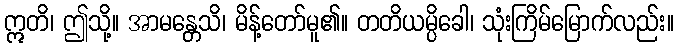
ဣတိ၊ ဤသို့။ အာမန္တေသိ၊ မိန့်တော်မူ၏။ တတိယမ္ပိခေါ၊ သုံးကြိမ်မြောက်လည်း။